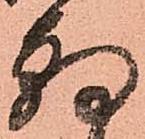
朝